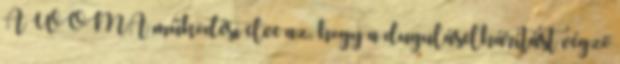
A WOMA működési elve az, hogy a duguláselhárítást végző